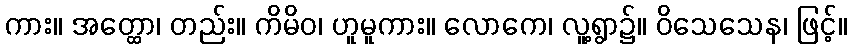
ကား။ အတ္ထော၊ တည်း။ ကိမိဝ၊ ဟူမူကား။ လောကေ၊ လူ့ရွာ၌။ ဝိသေသေန၊ ဖြင့်။